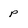
Character: p